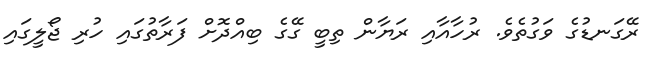
ރޭގަނޑުގެ ވަގުތެވެ. ރުހާއާއި ރަޔާން ތިބީ ގޭގެ ބިއްދޮށް ފަރާތުގައި ހުރި ޖޯލީގައި